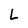
Character: L